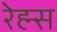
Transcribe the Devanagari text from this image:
रेह्म्स